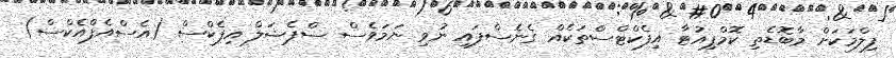
ފިލްމަކަށް މާބޮޑެތި ކޮމްޕިއުޓާ އިފެކްޓްސްތަކެއް ގެނެސްފައި ނުވި ނަމަވެސް ސްޕެޝަލް އިފެކްސް (އެސްއެފްއެކްސް)